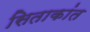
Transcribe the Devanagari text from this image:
सिताकांत